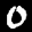
Label: 0